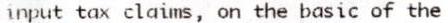
INPUT TAX CLAIMS, ON THE BASIC OF THE